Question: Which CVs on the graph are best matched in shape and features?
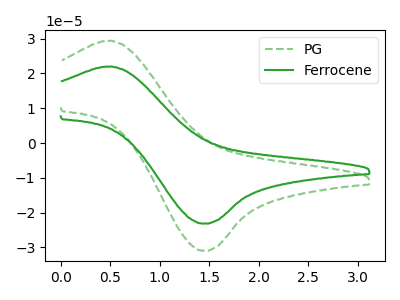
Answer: <think>The green dashed curve "PG" has an anodic peak at (0.50V, 29.40uA) and a cathodic peak at (1.45V, -30.95uA). The green curve "Ferrocene" has an anodic peak at (0.50V, 22.00uA) and a cathodic peak at (1.45V, -23.15uA).
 All the peaks in "PG" have a peak in "Ferrocene" at the same potential. Every peak in "PG" is higher than every peak in "Ferrocene".</think>
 <answer>"Ferrocene" and "PG" have the same shape and are likely CV's of the same chemical.</answer>
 <eval>"Ferrocene" "PG"</eval>